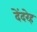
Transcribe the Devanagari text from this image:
देंदरेह